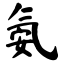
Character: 氨